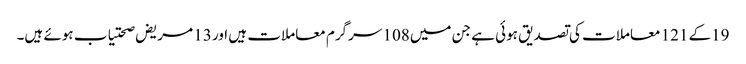
19کے 121 معاملات کی تصدیق ہوئی ہے جن میں108 سرگرم معاملات ہیں اور 13 مریض صحتیاب ہوئے ہیں۔